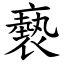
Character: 褻